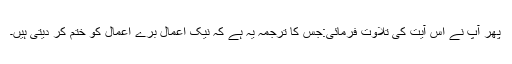
پھر آپ نے اس آیت کی تلاوت فرمائی:جس کا ترجمہ یہ ہے کہ نیک اعمال برے اعمال کو ختم کر دیتی ہیں۔